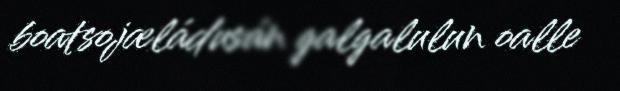
boatsojæládusán galgalulun oalle